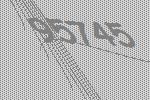
95745